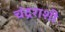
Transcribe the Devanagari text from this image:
चंद्रराशी